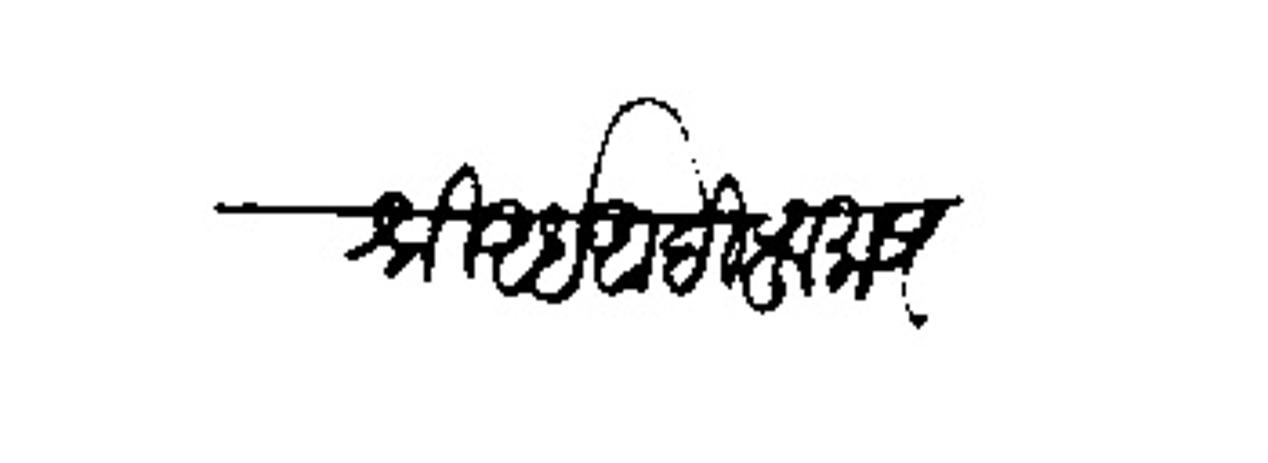
Transliteration (Devanagari): श्रीआईआदि पुरुष